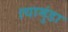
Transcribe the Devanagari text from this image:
।चामुंडा